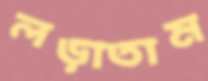
লড়াতাম